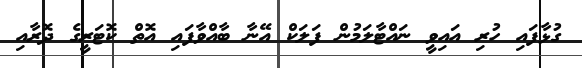
ގުޅާފައި ހުރި އައިވީ ނައްޓާލަމުން ފަލަކް އޭނާ ބާއްވާފައި އޮތް ކޮޓަރީގެ ދޮރާއި